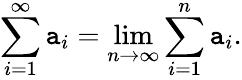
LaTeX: \sum_{i=1}^{\infty}\mathtt{a}_{i}=\operatorname*{lim}_{n\to\infty}\sum_{i=1}^{n}\mathtt{a}_{i}.